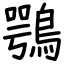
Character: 鶚